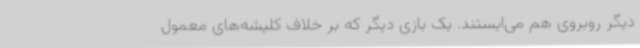
دیگر روبروی هم می‌ایستند. یک بازی دیگر که بر خلاف کلیشه‌های معمول